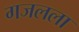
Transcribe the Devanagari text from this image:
गजलला